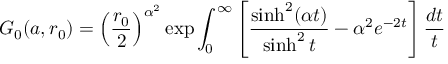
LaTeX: G _ { 0 } ( a , r _ { 0 } ) = \left( \frac { r _ { 0 } } 2 \right) ^ { \alpha ^ { 2 } } \exp \int _ { 0 } ^ { \infty } \left[ \frac { \sinh ^ { 2 } ( \alpha t ) } { \sinh ^ { 2 } t } - \alpha ^ { 2 } e ^ { - 2 t } \right] \frac { d t } t